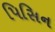
પિસિન